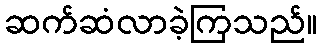
ဆက်ဆံလာခဲ့ကြသည်။